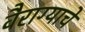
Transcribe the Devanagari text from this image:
वैराग्याचे